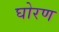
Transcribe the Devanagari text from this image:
घोरण